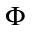
\Phi